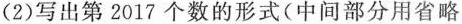
(2)写出第2017个数的形式(中间部分用省略